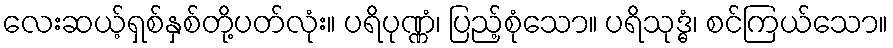
လေးဆယ့်ရှစ်နှစ်တို့ပတ်လုံး။ ပရိပုဏ္ဏံ၊ ပြည့်စုံသော။ ပရိသုဒ္ဓံ၊ စင်ကြယ်သော။